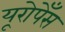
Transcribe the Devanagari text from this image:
यूरोपेँस